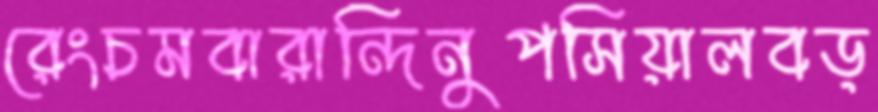
রেংচমবারান্দিনুপসিয়ালবড়